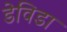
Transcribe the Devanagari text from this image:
डेविडा